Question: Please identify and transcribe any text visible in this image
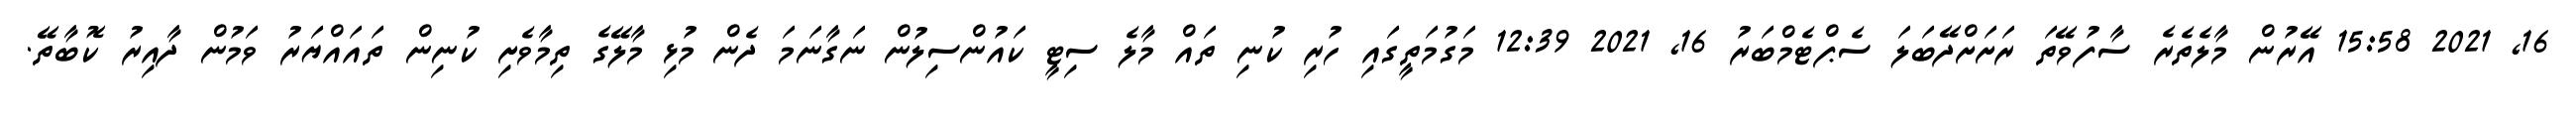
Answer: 16, 2021 15:58 އޭރުން މާލެތެރެ ސާފުވޭތަ ރަށަށްދޭބަލަ ސެޕްޓެމްބަރު 16, 2021 12:39 މަގުމަތީގައި ހުރި ކުނި ތައް މާލެ ސިޓީ ކައުންސިލުން ނަގާނަމަ ދެން މުޅި މާލޭގެ ތިމާވެށި ކުނިން ތައައްޔަރު ވަމުން ދާއިރު ކޮބާތޭ.